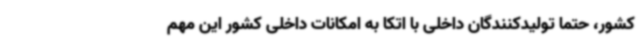
کشور، حتما تولیدکنندگان داخلی با اتکا به امکانات داخلی کشور این مهم